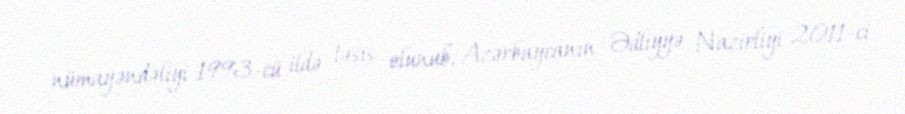
nümayəndəliyi 1993-cü ildə təsis olunub, Azərbaycanın Ədliyyə Nazirliyi 2011-ci